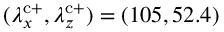
( \lambda _ { x } ^ { \mathrm { c } + } , \lambda _ { z } ^ { \mathrm { c } + } ) = ( 1 0 5 , 5 2 . 4 )